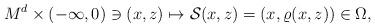
LaTeX: \begin{align*}M^d\times (-\infty, 0)\ni (x, z)\mapsto \mathcal{S}(x, z)=(x, \varrho(x, z))\in \Omega,\end{align*}